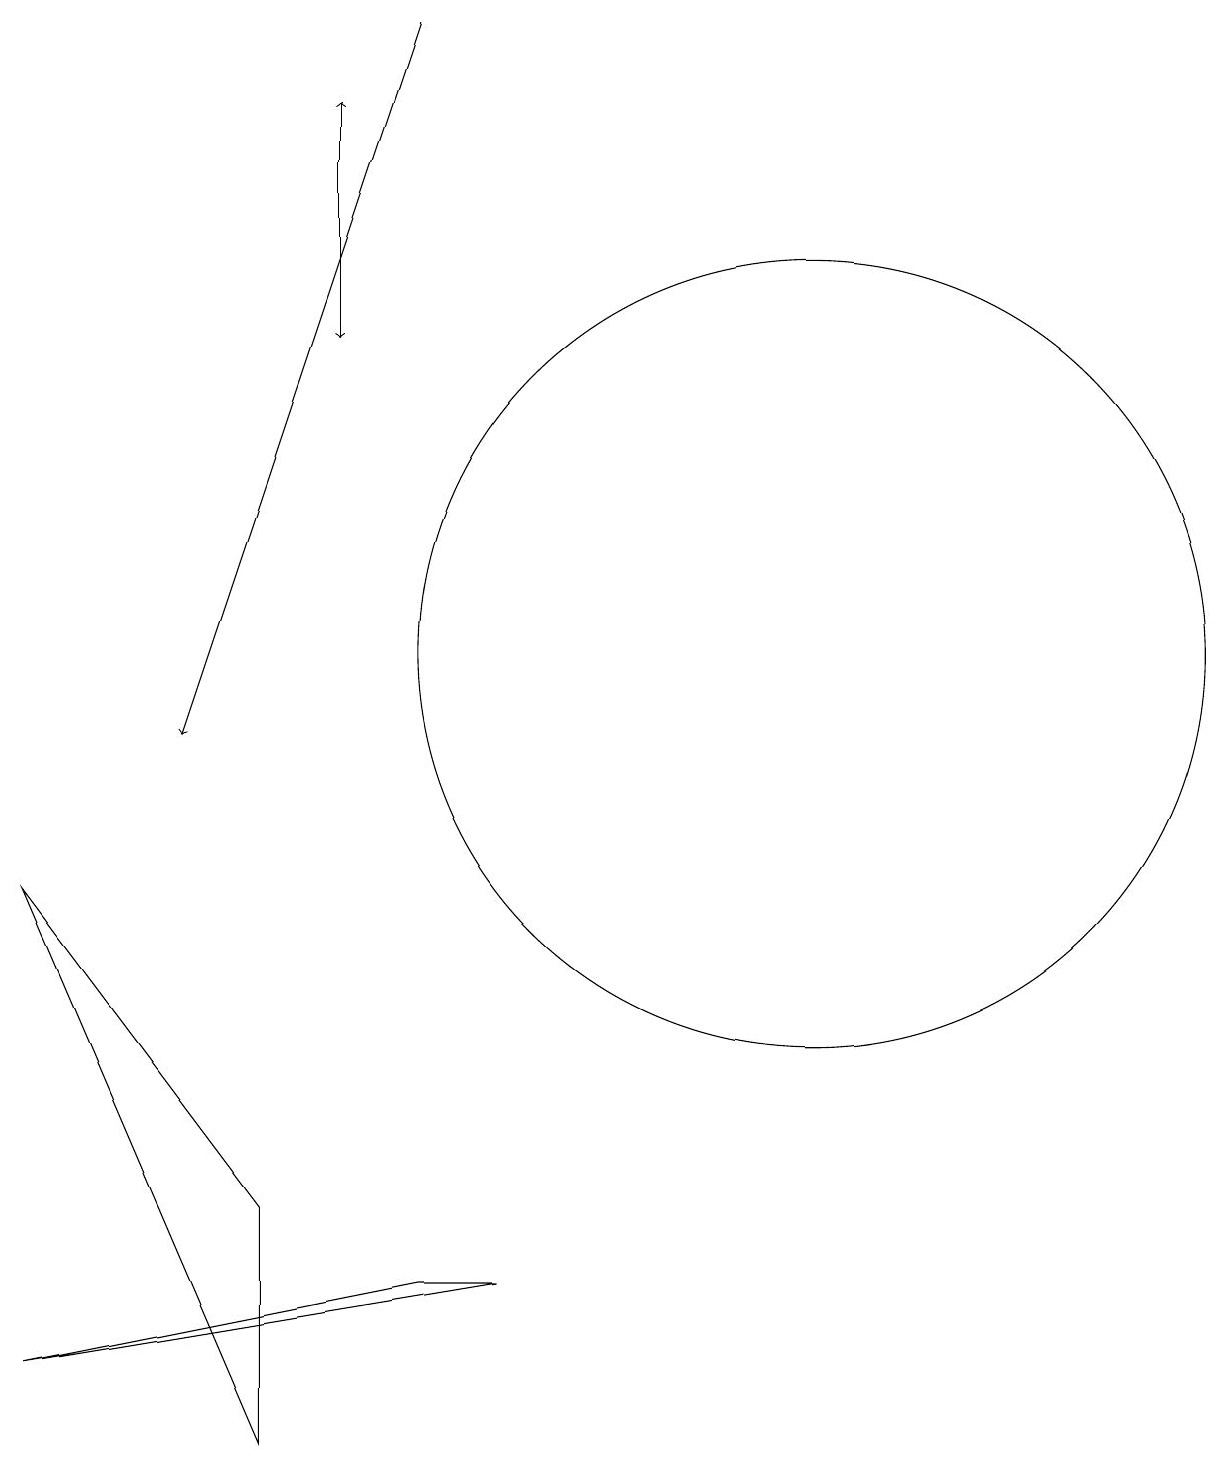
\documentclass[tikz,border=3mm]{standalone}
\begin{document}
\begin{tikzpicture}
\draw (5,1) -- (5,4) -- (2,8) -- cycle;
\draw[->] (6,18) -- (6,15);
\draw (12,11) circle (5);
\draw[->] (7,19) -- (4,10);
\draw[->] (6,17) -- (6,18);
\draw (7,3) -- (2,2) -- (8,3) -- cycle;
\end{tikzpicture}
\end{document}